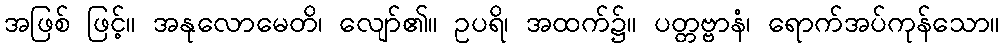
အဖြစ် ဖြင့်။ အနုလောမေတိ၊ လျော်၏။ ဥပရိ၊ အထက်၌။ ပတ္တဗ္ဗာနံ၊ ရောက်အပ်ကုန်သော။